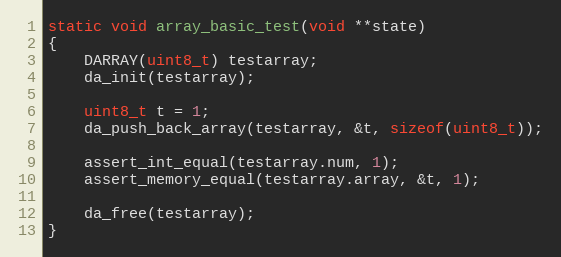
Language: C
static void array_basic_test(void **state)
{
	DARRAY(uint8_t) testarray;
	da_init(testarray);

	uint8_t t = 1;
	da_push_back_array(testarray, &t, sizeof(uint8_t));

	assert_int_equal(testarray.num, 1);
	assert_memory_equal(testarray.array, &t, 1);

	da_free(testarray);
}